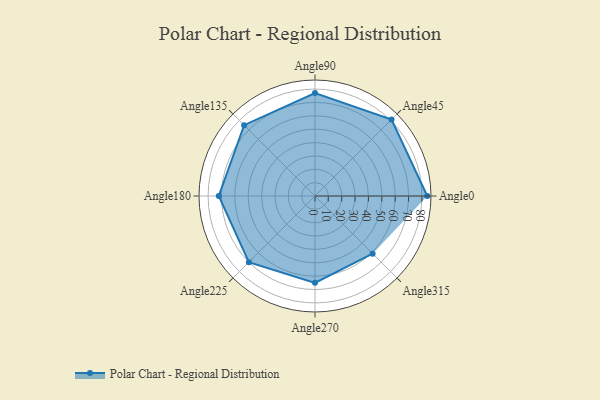
{"axis": {"x": "Angle", "y": "Radius"}, "legend": [""], "data": [{"x": "Angle0", "y": 84.0, "type": ""}, {"x": "Angle45", "y": 81.0, "type": ""}, {"x": "Angle90", "y": 77.0, "type": ""}, {"x": "Angle135", "y": 75.0, "type": ""}, {"x": "Angle180", "y": 72.0, "type": ""}, {"x": "Angle225", "y": 70.0, "type": ""}, {"x": "Angle270", "y": 65.0, "type": ""}, {"x": "Angle315", "y": 61.0, "type": ""}]}